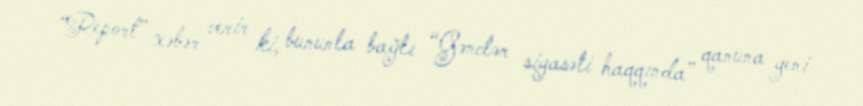
“Report” xəbər verir ki, bununla bağlı “Gənclər siyasəti haqqında” qanuna yeni